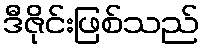
ဒီဇိုင်းဖြစ်သည်